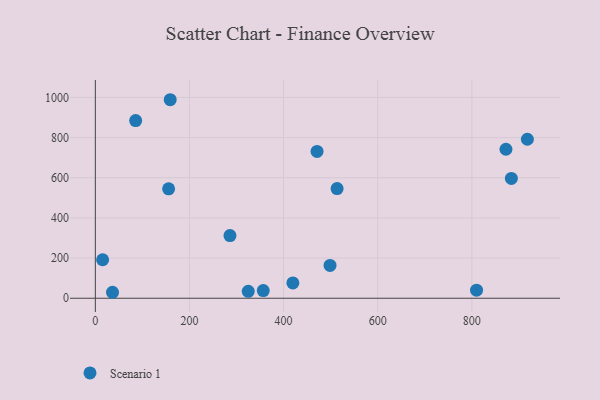
{"axis": {"x": "Ad Spend", "y": "Demand"}, "legend": ["Scenario 1"], "data": [{"x": "471.1", "y": 731.5, "type": "Scenario 1"}, {"x": "918.0", "y": 791.8, "type": "Scenario 1"}, {"x": "884.0", "y": 596.9, "type": "Scenario 1"}, {"x": "85.7", "y": 885.1, "type": "Scenario 1"}, {"x": "36.5", "y": 29.7, "type": "Scenario 1"}, {"x": "15.5", "y": 191.7, "type": "Scenario 1"}, {"x": "159.1", "y": 988.8, "type": "Scenario 1"}, {"x": "356.8", "y": 38.1, "type": "Scenario 1"}, {"x": "286.1", "y": 312.3, "type": "Scenario 1"}, {"x": "498.7", "y": 163.6, "type": "Scenario 1"}, {"x": "513.7", "y": 546.1, "type": "Scenario 1"}, {"x": "810.0", "y": 40.1, "type": "Scenario 1"}, {"x": "419.7", "y": 76.3, "type": "Scenario 1"}, {"x": "324.9", "y": 34.3, "type": "Scenario 1"}, {"x": "872.5", "y": 742.1, "type": "Scenario 1"}, {"x": "155.7", "y": 544.9, "type": "Scenario 1"}]}